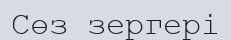
Сөз зергері